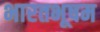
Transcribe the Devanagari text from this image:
भारतभूषम